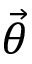
\vec { \theta }